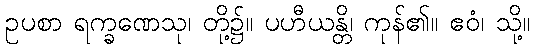
ဥပစာ ရက္ခဏေသု၊ တို့၌။ ပဟီယန္တိ၊ ကုန်၏။ ဧဝံ၊ သို့။